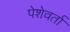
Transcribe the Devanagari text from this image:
पेशेवर्ता